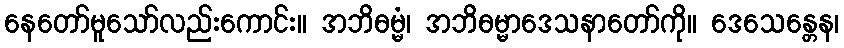
နေတော်မူသော်လည်းကောင်း။ အဘိဓမ္မံ၊ အဘိဓမ္မာဒေသနာတော်ကို။ ဒေသေန္တေန၊